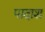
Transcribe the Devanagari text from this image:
पादाश